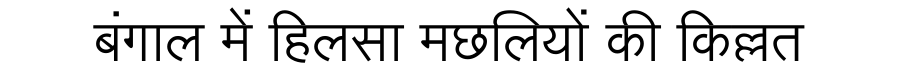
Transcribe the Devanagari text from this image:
बंगाल में हिलसा मछलियों की किल्लत